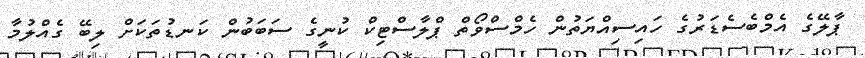
ޕާލޭގެ އެމްބެސެޑަރުގެ ހައިސިއްޔަތުން ހެމްސްވޯތް ޕްލާސްޓިކް ކުނީގެ ސަބަބުން ކަނޑުތަކަށް ލިބޭ ގެއްލުމާ